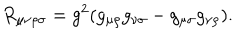
R _ { \mu \nu \rho \sigma } = g ^ { 2 } ( g _ { \mu \rho } g _ { \nu \sigma } - g _ { \mu \sigma } g _ { \nu \rho } ) .